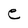
Character: e